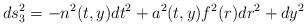
LaTeX: \begin{align*}ds_3^2=-n^2(t,y)dt^2+a^2(t,y)f^2(r)dr^2+dy^2\end{align*}